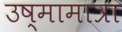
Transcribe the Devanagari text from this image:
उष्मामात्रा